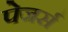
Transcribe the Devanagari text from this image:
पेजर्स